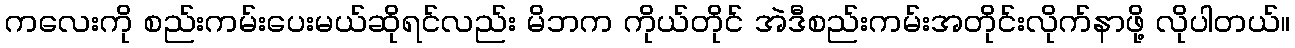
ကလေးကို စည်းကမ်းပေးမယ်ဆိုရင်လည်း မိဘက ကိုယ်တိုင် အဲဒီစည်းကမ်းအတိုင်းလိုက်နာဖို့ လိုပါတယ်။